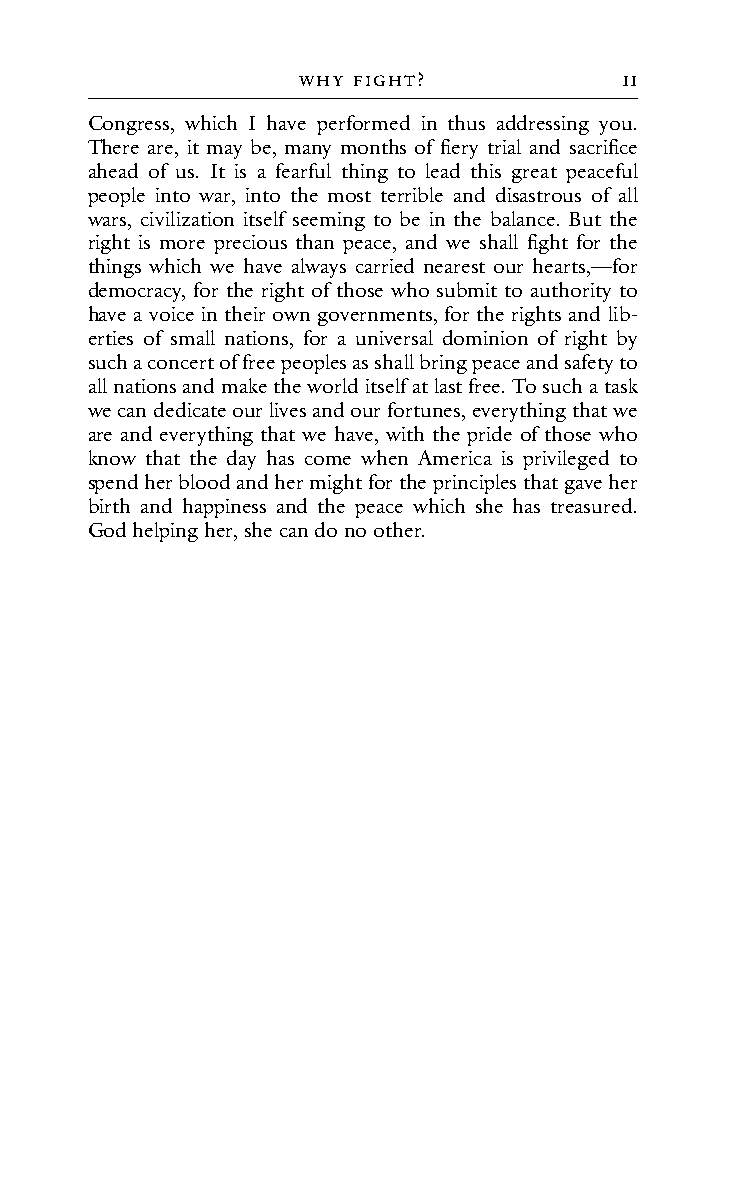
WHY fIGHt?           11
 Congress, which I have performed in thus addressing you.
 There are, it may be, many months of fiery trial and sacrifice
 ahead of us. It is a fearful thing to lead this great peaceful
 people into war, into the most terrible and disastrous of all
 wars, civilization itself seeming to be in the balance. But the
 right is more precious than peace, and we shall fight for the
 things which we have always carried nearest our hearts,—for
 democracy, for the right of those who submit to authority to
 have a voice in their own governments, for the rights and lib-
 erties of small nations, for a universal dominion of right by
 such a concert of free peoples as shall bring peace and safety to
 all nations and make the world itself at last free. To such a task
 we can dedicate our lives and our fortunes, everything that we
 are and everything that we have, with the pride of those who
 know that the day has come when America is privileged to
 spend her blood and her might for the principles that gave her
 birth and happiness and the peace which she has treasured.
 God helping her, she can do no other.